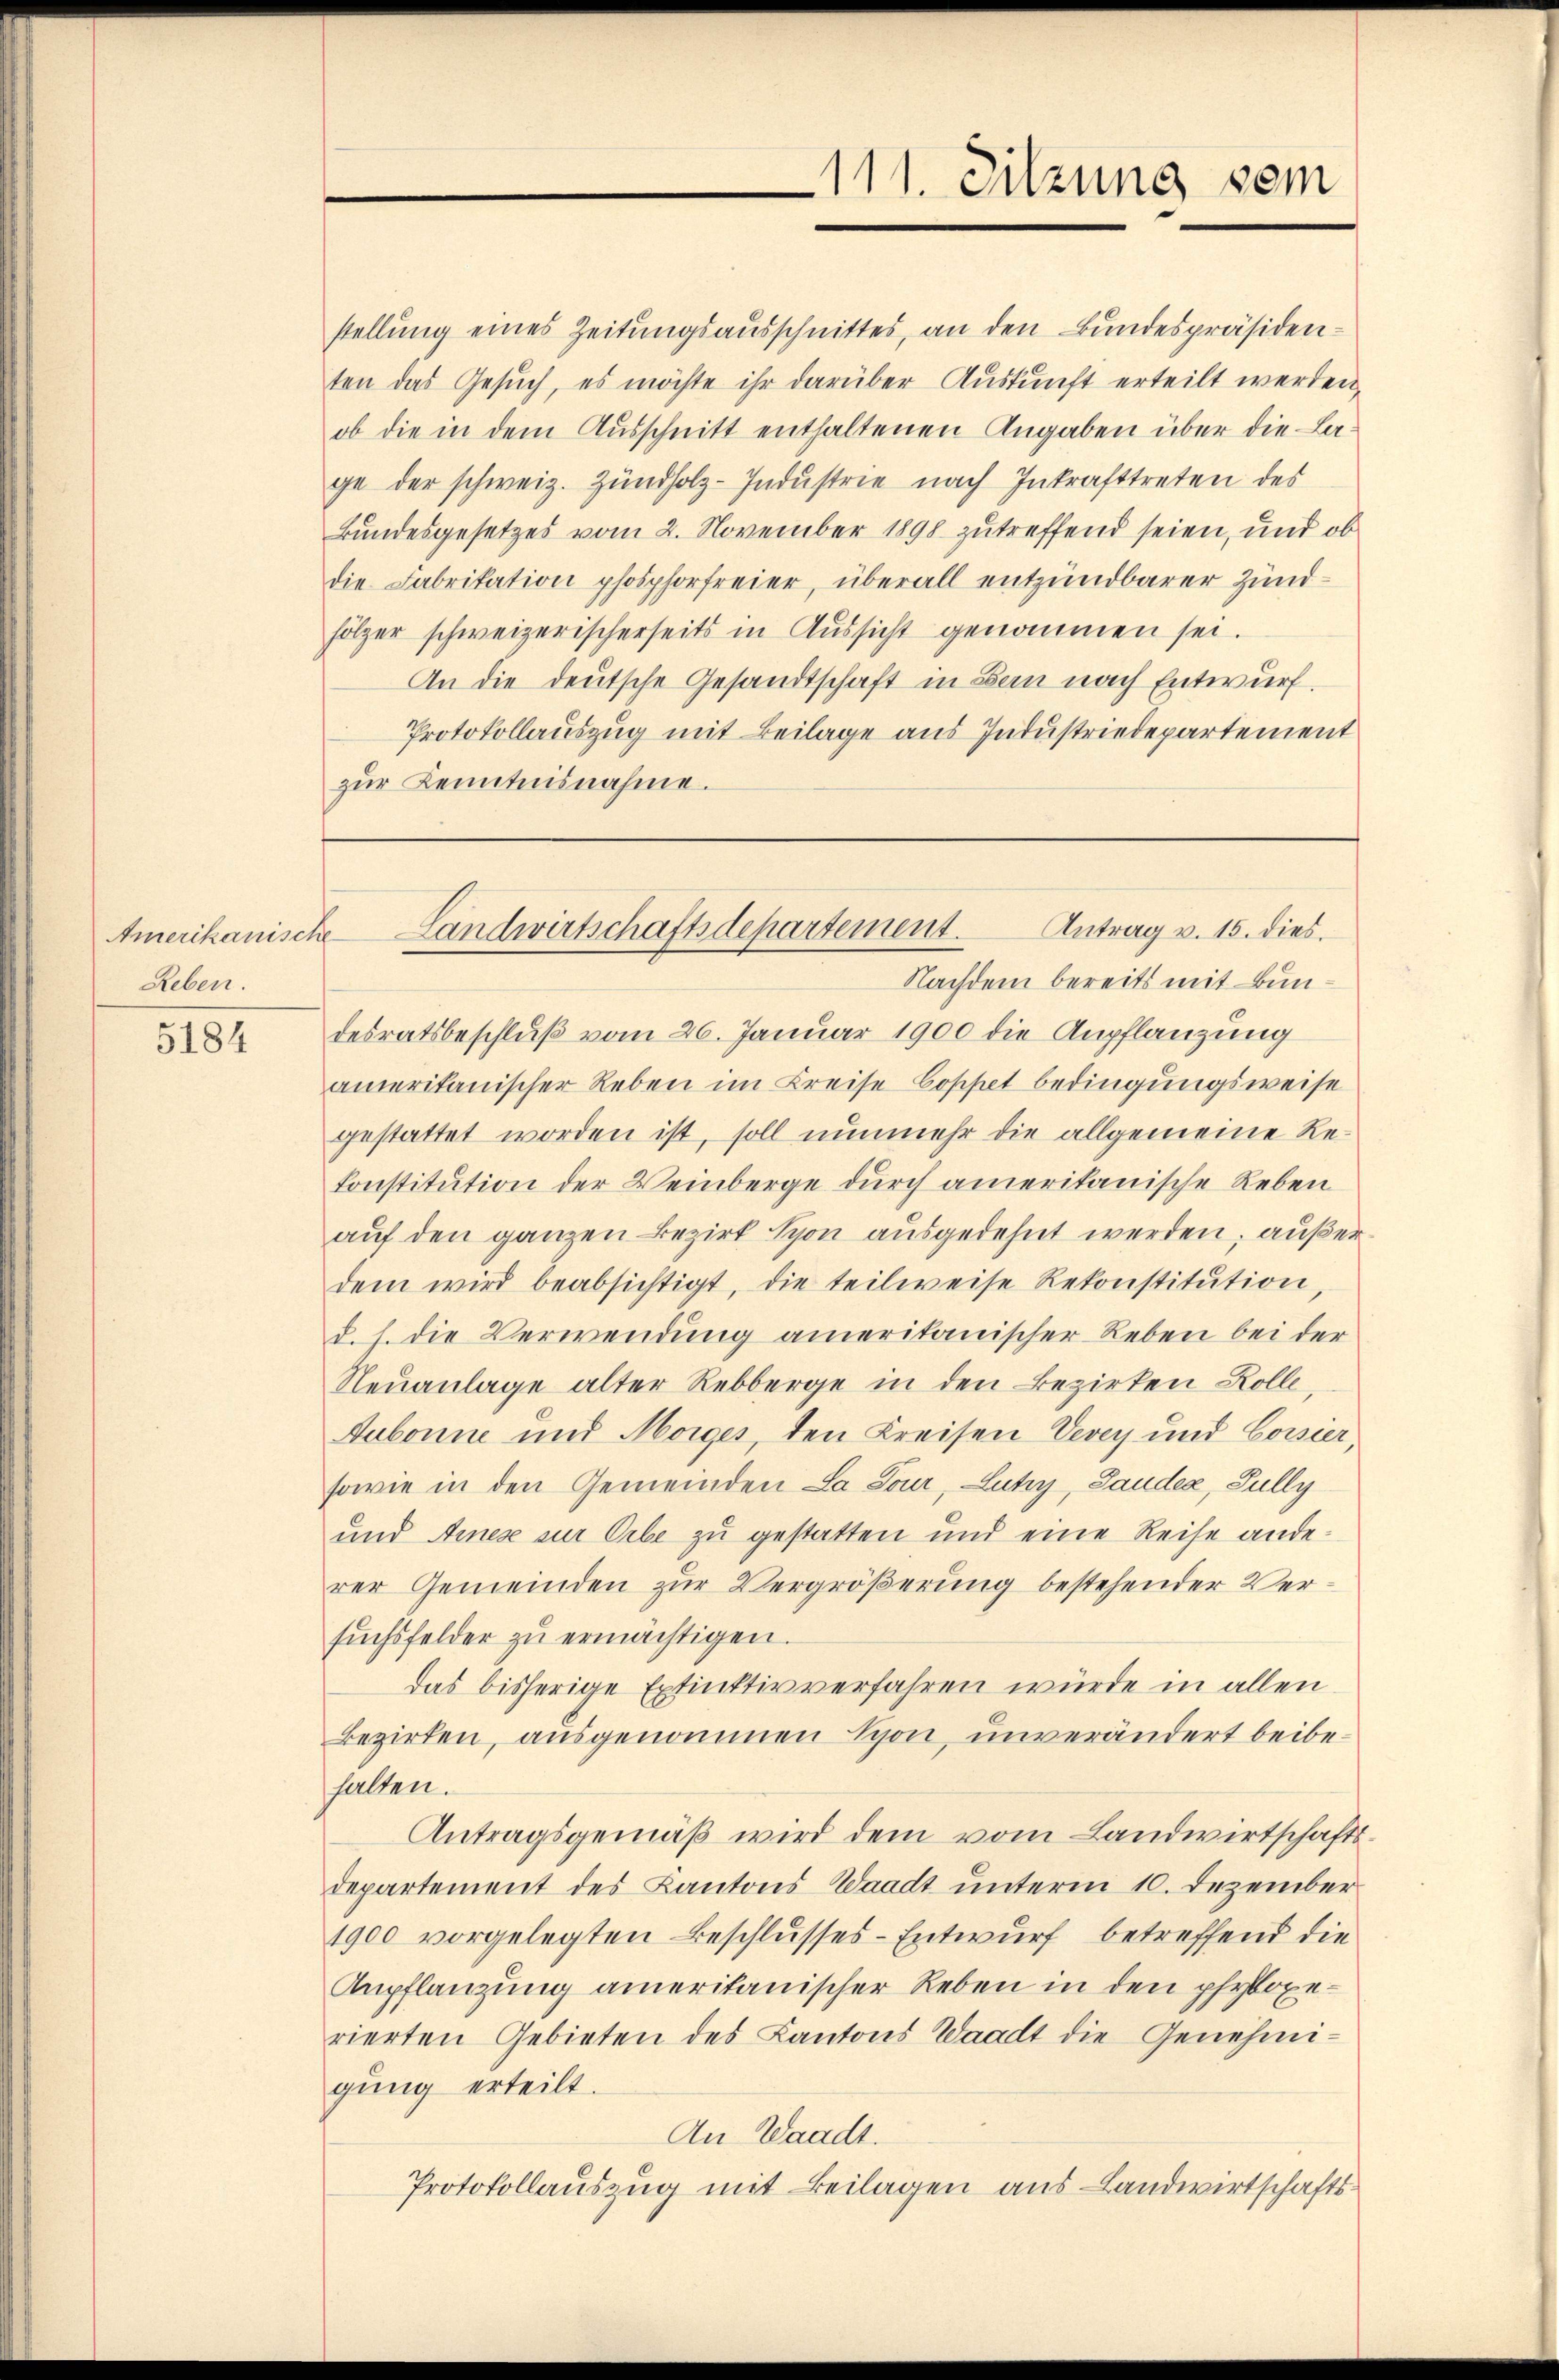
Amerikanische
Reben.

5184

stellung eines Zeitungsausschnittes, an den Bundespräsidenten das Gesuch, es möchte ihr darüber Auskunft erteilt werden,
ob die in dem Ausschnitt enthaltenen Angaben über die Lage der schweiz. Zündholz-Industrie nach Inkrafttreten des
Bundesgesetzes vom 2. November 1898 zutreffend seien, und ob
die Fabrikation phosphorfreier, überall entzündbarer Zundfölzer schweizerischerseits in Aussicht genommen sei.
An die deutsche Gesandtschaft in Bern nach Entwurf.
Protokollauszug mit Beilage aus Industriedepartement
zŭr Kenntnisnahme.

desratsbeschluß vom 26. Januar 1900 die Anpflanzung
amerikanischer Reben im Kreise Boscht bedingungsweise
gestattet worden ist, soll nunmehr die allgemeine Rekonstitution der Weinberge durch amerikanische Reben
auf den ganzen Bezirk Scon ausgedehnt werden, außerdem wird beabsichtigt, die teilweise Rekonstitution,
d. h. die Verwendung ameritanischer Reben bei der
Neuanlage alter Rebberge in den Bezirken Rolle,
Aubonne und Morges, den Kreisen Vevey und Cossier,
sowie in den Gemeinden La Tour, Lutry, Lauder, Jully
und Arnez zur Erbe zu gestatten und eine Reise anderer Gemeinden zur Vergrößerung bestehender Versŭchsfelder zŭ ermächtigen.
das bisherige Extinktivverfahren würde in allen
Bezirken, ausgenommen Syon, unverändert beibehalten.
Antragsgemäß wird dem vom Landwirtschaftsdepartement des Kantons Waadt unterm 10. Dezember
1900 vorgelegten Beschlusses-Entwurf betreffend die
Aupflanzung ameritanischer Reben in den phyloperierten Gebieten des Kantons Waadt die Genehmigung erteilt.
An Waadt.
Protokollauszug mit Beilagen aus Landwirtschafts¬

111. Sitzung vom

Antrag v. 15. dies.
Landwirtschaftsdepartement.
Nachdem bereits mit Bun¬